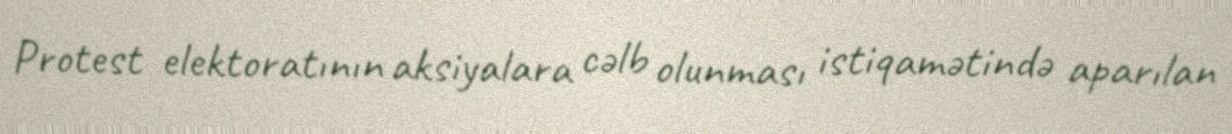
Protest elektoratının aksiyalara cəlb olunması istiqamətində aparılan